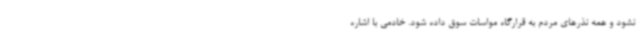
نشود و همه نذرهای مردم به قرارگاه مواسات سوق داده شود. خادمی با اشاره